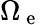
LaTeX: \Omega_{\mathrm{~e~}}